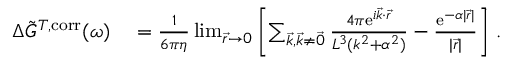
\begin{array} { r l } { \Delta \Tilde { G } ^ { T , \mathrm { c o r r } } ( \omega ) } & { { } = \frac { 1 } { 6 \pi \eta } \operatorname* { l i m } _ { \vec { r } \to 0 } \left[ \sum _ { \vec { k } , \vec { k } \neq \vec { 0 } } \frac { 4 \pi \mathrm { e } ^ { i \vec { k } \cdot \vec { r } } } { L ^ { 3 } ( k ^ { 2 } + \alpha ^ { 2 } ) } - \frac { \mathrm { e } ^ { - \alpha \vert \vec { r } \vert } } { \vert \vec { r } \vert } \right] \, . } \end{array}